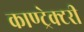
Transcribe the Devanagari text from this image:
काण्ट्रेक्टरी